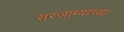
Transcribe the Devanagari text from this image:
सरंजाम्याच्या